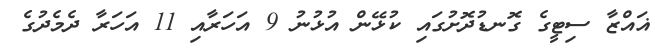
ޣައްޒާ ސިޓީގެ ގޮނޑުދޮށުގައި ކުޅޭން އުޅުނު 9 އަހަރާއި 11 އަހަރާ ދެމެދުގެ